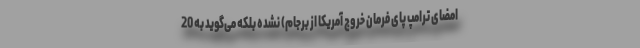
امضای ترامپ پای فرمان خروج آمریکا از برجام) نشده بلکه می‌گوید به 20